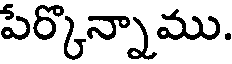
పేర్కొన్నాము.